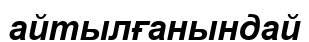
айтылғанындай